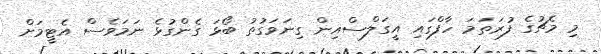
މި މެޗުގެ ފުރަތަމަ ހާފްގައި އީގަލްސްއިން ގިނަވަގުތު ބޯޅަ ގެންގުޅެ ނަމަވެސް އެޓީމަށް